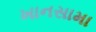
ખાનસામા